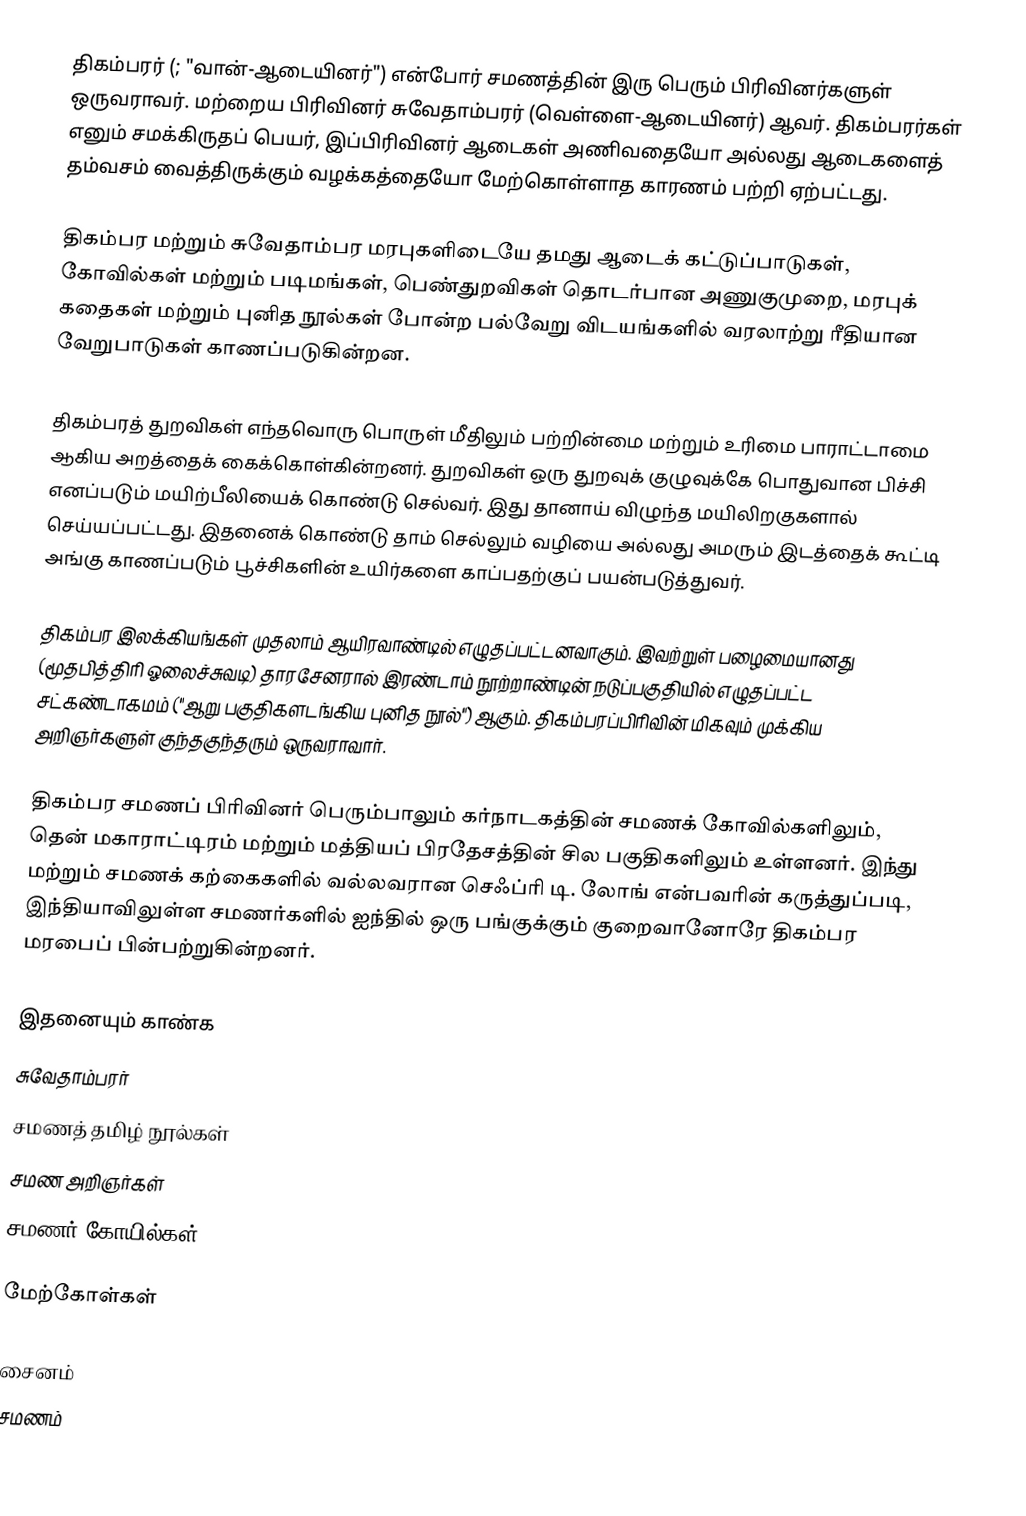
திகம்பரர் (; "வான்-ஆடையினர்") என்போர் சமணத்தின் இரு பெரும் பிரிவினர்களுள் ஒருவராவர். மற்றைய பிரிவினர் சுவேதாம்பரர் (வெள்ளை-ஆடையினர்) ஆவர். திகம்பரர்கள் எனும் சமக்கிருதப் பெயர், இப்பிரிவினர் ஆடைகள் அணிவதையோ அல்லது ஆடைகளைத் தம்வசம் வைத்திருக்கும் வழக்கத்தையோ மேற்கொள்ளாத காரணம் பற்றி ஏற்பட்டது.

திகம்பர மற்றும் சுவேதாம்பர மரபுகளிடையே தமது ஆடைக் கட்டுப்பாடுகள், கோவில்கள் மற்றும் படிமங்கள், பெண்துறவிகள் தொடர்பான அணுகுமுறை, மரபுக் கதைகள் மற்றும் புனித நூல்கள் போன்ற பல்வேறு விடயங்களில் வரலாற்று ரீதியான வேறுபாடுகள் காணப்படுகின்றன.

திகம்பரத் துறவிகள் எந்தவொரு பொருள் மீதிலும் பற்றின்மை மற்றும் உரிமை பாராட்டாமை ஆகிய அறத்தைக் கைக்கொள்கின்றனர். துறவிகள் ஒரு துறவுக் குழுவுக்கே பொதுவான பிச்சி எனப்படும் மயிற்பீலியைக் கொண்டு செல்வர். இது தானாய் விழுந்த மயிலிறகுகளால் செய்யப்பட்டது. இதனைக் கொண்டு தாம் செல்லும் வழியை அல்லது அமரும் இடத்தைக் கூட்டி அங்கு காணப்படும் பூச்சிகளின் உயிர்களை காப்பதற்குப் பயன்படுத்துவர்.

திகம்பர இலக்கியங்கள் முதலாம் ஆயிரவாண்டில் எழுதப்பட்டனவாகும். இவற்றுள் பழைமையானது (மூதபித்திரி ஓலைச்சுவடி) தாரசேனரால் இரண்டாம் நூற்றாண்டின் நடுப்பகுதியில் எழுதப்பட்ட சட்கண்டாகமம் ("ஆறு பகுதிகளடங்கிய புனித நூல்") ஆகும். திகம்பரப்பிரிவின் மிகவும் முக்கிய அறிஞர்களுள் குந்தகுந்தரும் ஒருவராவார்.

திகம்பர சமணப் பிரிவினர் பெரும்பாலும் கர்நாடகத்தின் சமணக் கோவில்களிலும், தென் மகாராட்டிரம் மற்றும் மத்தியப் பிரதேசத்தின் சில பகுதிகளிலும் உள்ளனர். இந்து மற்றும் சமணக் கற்கைகளில் வல்லவரான செஃப்ரி டி. லோங் என்பவரின் கருத்துப்படி, இந்தியாவிலுள்ள சமணர்களில் ஐந்தில் ஒரு பங்குக்கும் குறைவானோரே திகம்பர மரபைப் பின்பற்றுகின்றனர்.

இதனையும் காண்க
 சுவேதாம்பரர்
 சமணத் தமிழ் நூல்கள்
 சமண அறிஞர்கள்
 சமணர் கோயில்கள்

மேற்கோள்கள்

சைனம்
சமணம்